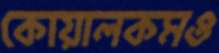
কোয়ালকমও